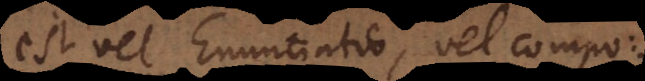
est vel Enuntiatio, vel composi